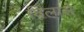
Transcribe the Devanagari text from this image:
विलासे